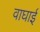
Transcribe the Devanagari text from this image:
वाघाई